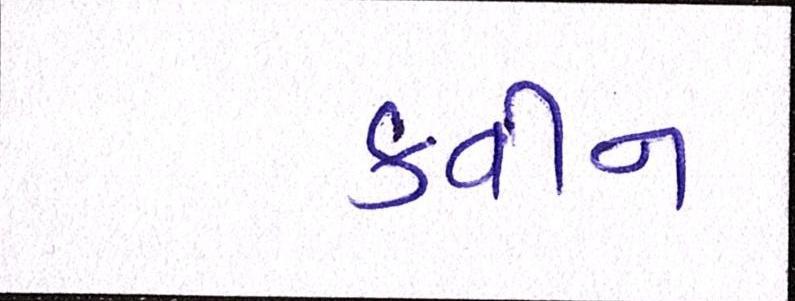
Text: ક્વીન